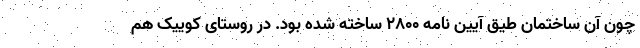
چون آن ساختمان طیق آیین نامه ۲۸۰۰ ساخته شده بود. در روستای کوییک هم